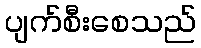
ပျက်စီးစေသည်